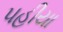
પહીયા